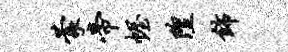
蒙帝幄隍饰